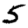
Digit: 5